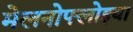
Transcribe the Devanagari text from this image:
मेलनोफ्लोइया